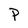
Character: P